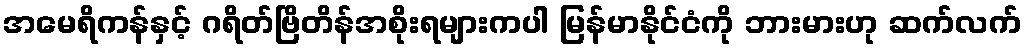
အမေရိကန်နှင့် ဂရိတ်ဗြိတိန်အစိုးရများကပါ မြန်မာနိုင်ငံကို ဘားမားဟု ဆက်လက်